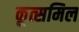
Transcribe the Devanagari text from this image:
कूत्समिल